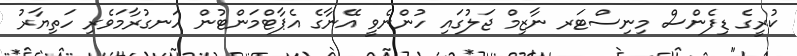
ކުރީގެ ޑިފެންސް މިނިސްޓަރ ނާޒިމް ޖަލުގައި ހުންނެވީ އޭނާގެ އެޕާޓްމަންޓުން ހަނގުރާމަވެރި ހަތިޔާރު